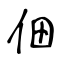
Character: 佃